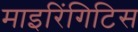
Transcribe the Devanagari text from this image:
माइरिंगिटिस